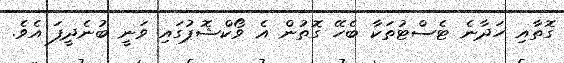
ގޮތާއި ހަދާނެ ޓެސްޓުތަކާ ބެހޭ ގޮތުން އެ ވޯކްޝޮޕުގައި ވަނީ ބުނެދީފަ އެވެ.